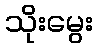
သိုးမွေး